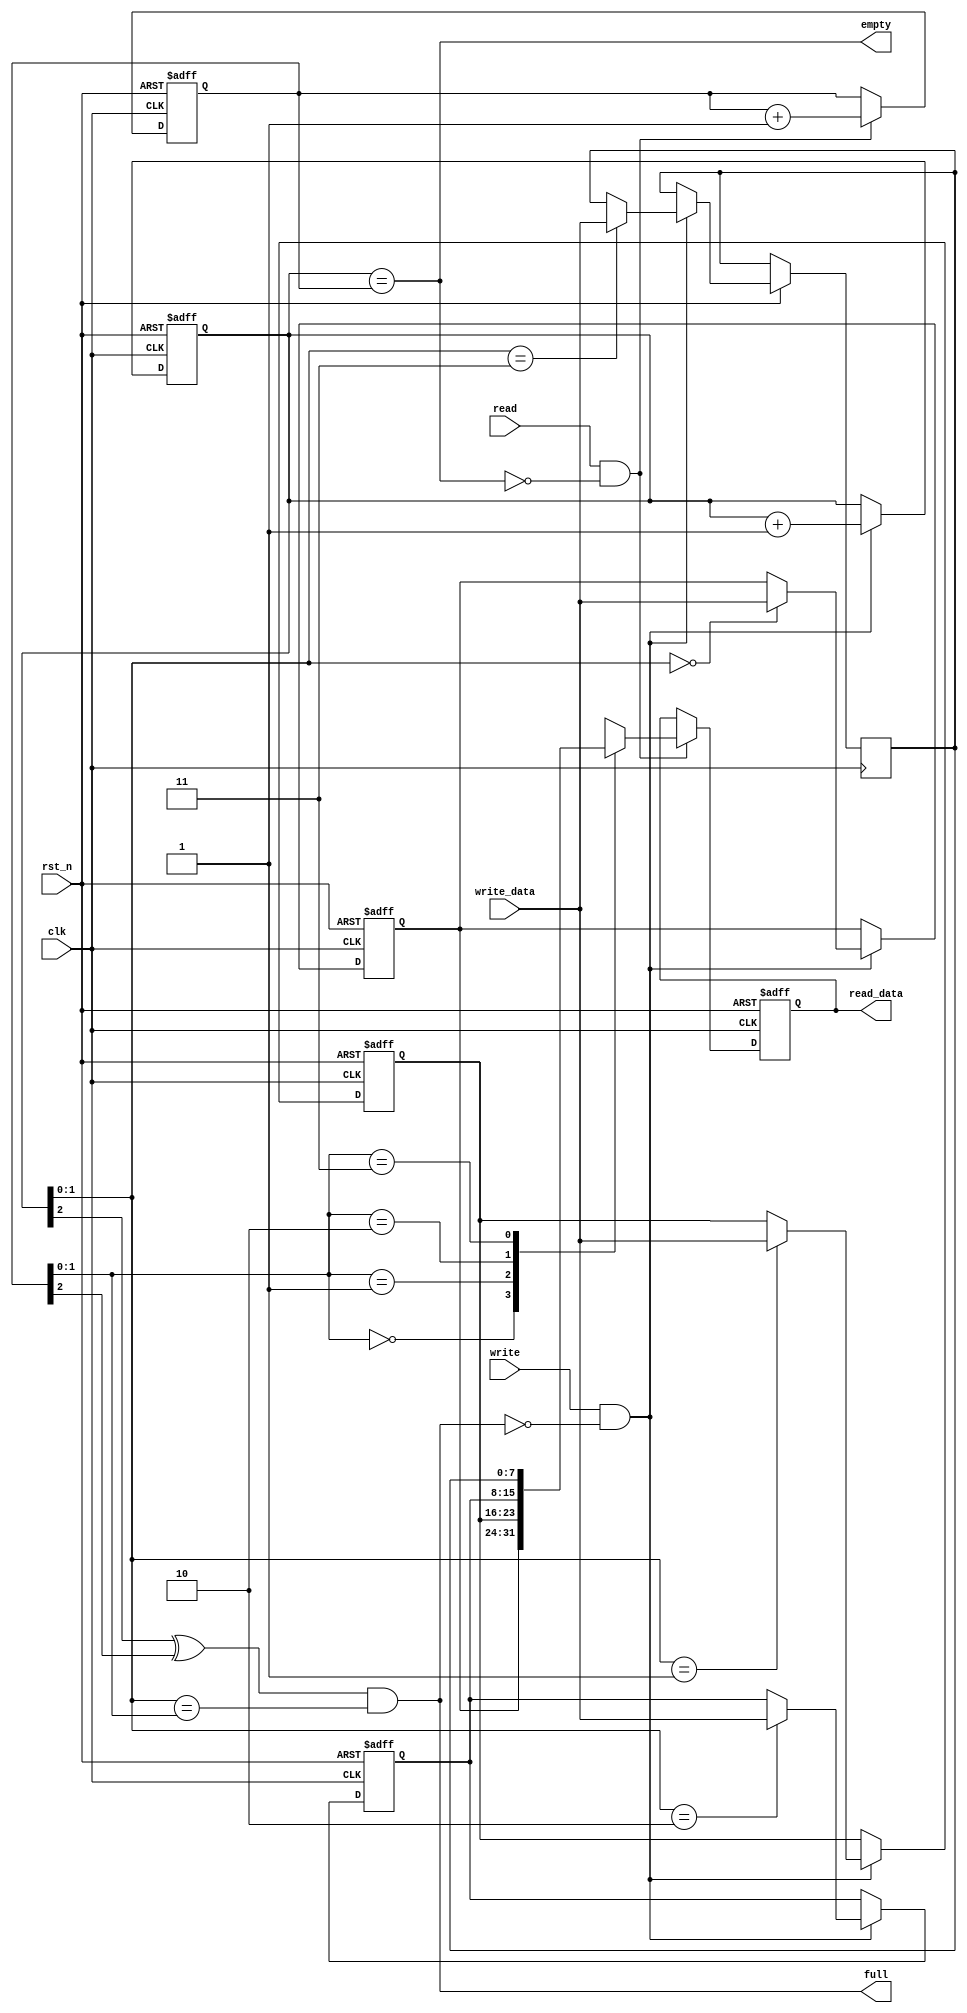
// This program was cloned from: https://github.com/DigitalDesignSchool/ce2020labs
// License: MIT License

module fifo_1(
  clk,
  rst_n,

  write,
  read,
  
  write_data,
  read_data,

  empty,
  full
);

  parameter FIFO_PTR_WIDTH   = 3;
  parameter FIFO_DATA_WIDTH  = 8;
  parameter FIFO_DEPTH       = 2**(FIFO_PTR_WIDTH - 1);

  input                            clk;
  input                            rst_n;

  input                            write;
  input                            read;

  input      [FIFO_DATA_WIDTH-1:0] write_data;
  output reg [FIFO_DATA_WIDTH-1:0] read_data;

  output                           empty;
  output                           full;

  reg [FIFO_DATA_WIDTH-1:0] fifo_array [FIFO_DEPTH-1:0];

  reg [FIFO_PTR_WIDTH-1:0]  rd_ptr;
  reg [FIFO_PTR_WIDTH-1:0]  wr_ptr;

  //------------------------------------------------
  // Write Pointer Logic
  //------------------------------------------------
  always @(posedge clk or negedge rst_n)
  begin: p_wr_ptr
    if (!rst_n)
      wr_ptr <= {FIFO_PTR_WIDTH{1'b0}};
    else if (write & !full)
      wr_ptr <= wr_ptr + 1'b1;
  end

  //------------------------------------------------
  // Read Pointer Logic
  //------------------------------------------------
  always @(posedge clk or negedge rst_n)
  begin: p_rd_ptr
    if (!rst_n)
      rd_ptr <= {FIFO_PTR_WIDTH{1'b0}};
    else if (read & !empty)
      rd_ptr <= rd_ptr + 1'b1;
  end

  //------------------------------------------------
  // Full and Empty flags
  //------------------------------------------------
  assign full = (wr_ptr[FIFO_PTR_WIDTH-1] ^ rd_ptr[FIFO_PTR_WIDTH-1]) & (wr_ptr[FIFO_PTR_WIDTH-2:0] == rd_ptr[FIFO_PTR_WIDTH-2:0]);
  assign empty = (wr_ptr == rd_ptr);

  //-----------------------------------------------
  // FIFO Write
  //-----------------------------------------------
  always @(posedge clk or negedge rst_n)
  begin: p_fifo_write
  integer int_i;
    if (!rst_n)
      for (int_i = 0; int_i < FIFO_DEPTH - 1; int_i = int_i + 1)
        fifo_array[int_i] <= {FIFO_DATA_WIDTH{1'b0}};
    else if (write & !full)
      fifo_array[wr_ptr] <= write_data;
  end

  //-----------------------------------------------
  // FIFO Read
  //-----------------------------------------------
  always @(posedge clk or negedge rst_n)
  begin: p_fifo_read
    if (!rst_n)
      read_data <= {FIFO_DATA_WIDTH{1'b0}};
    else if (read & !empty)
      read_data <= fifo_array[rd_ptr];
  end

endmodule